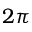
2 \pi